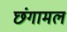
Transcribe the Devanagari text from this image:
छंगामल